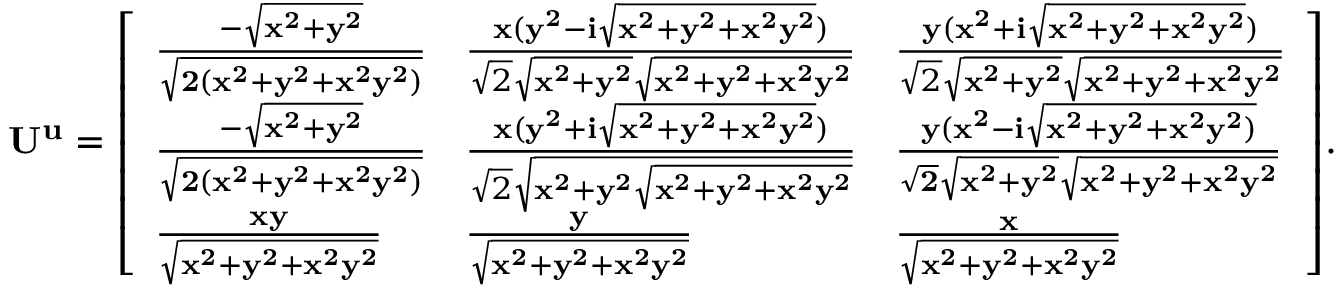
\mathbf { U ^ { u } } = { \left[ \begin{array} { l l l } { { \frac { - { \sqrt { \mathbf { x ^ { 2 } + y ^ { 2 } } } } } { \sqrt { \mathbf { 2 ( x ^ { 2 } + y ^ { 2 } + x ^ { 2 } y ^ { 2 } ) } } } } } & { { \frac { \mathbf { x ( y ^ { 2 } - i { \sqrt { \mathbf { x ^ { 2 } + y ^ { 2 } + x ^ { 2 } y ^ { 2 } } } } ) } } { { \sqrt { 2 } } { \sqrt { \mathbf { x ^ { 2 } + y ^ { 2 } } } } { \sqrt { \mathbf { x ^ { 2 } + y ^ { 2 } + x ^ { 2 } y ^ { 2 } } } } } } } & { { \frac { \mathbf { y ( x ^ { 2 } + i { \sqrt { \mathbf { x ^ { 2 } + y ^ { 2 } + x ^ { 2 } y ^ { 2 } } } } ) } } { { \sqrt { 2 } } { \sqrt { \mathbf { x ^ { 2 } + y ^ { 2 } } } } { \sqrt { \mathbf { x ^ { 2 } + y ^ { 2 } + x ^ { 2 } y ^ { 2 } } } } } } } \\ { { \frac { - { \sqrt { \mathbf { x ^ { 2 } + y ^ { 2 } } } } } { \sqrt { \mathbf { 2 ( x ^ { 2 } + y ^ { 2 } + x ^ { 2 } y ^ { 2 } ) } } } } } & { { \frac { \mathbf { x ( y ^ { 2 } + i { \sqrt { \mathbf { x ^ { 2 } + y ^ { 2 } + x ^ { 2 } y ^ { 2 } } } } ) } } { { \sqrt { 2 } } { \sqrt { \mathbf { x ^ { 2 } + y ^ { 2 } } { \sqrt { \mathbf { x ^ { 2 } + y ^ { 2 } + x ^ { 2 } y ^ { 2 } } } } } } } } } & { { \mathbf { \frac { y ( x ^ { 2 } - i { \sqrt { \mathbf { x ^ { 2 } + y ^ { 2 } + x ^ { 2 } y ^ { 2 } } ) } } } { { \sqrt { \bf { 2 } } } { \sqrt { \bf { x ^ { 2 } + y ^ { 2 } } } } { \sqrt { \bf { x ^ { 2 } + y ^ { 2 } + x ^ { 2 } y ^ { 2 } } } } } } } } \\ { { \frac { \mathbf { x y } } { \sqrt { \mathbf { x ^ { 2 } + y ^ { 2 } + x ^ { 2 } y ^ { 2 } } } } } } & { { \mathbf { \frac { y } { \sqrt { \mathbf { x ^ { 2 } + y ^ { 2 } + x ^ { 2 } y ^ { 2 } } } } } } } & { { \mathbf { \frac { x } { \sqrt { \mathbf { x ^ { 2 } + y ^ { 2 } + x ^ { 2 } y ^ { 2 } } } } } } } \end{array} \right] } .